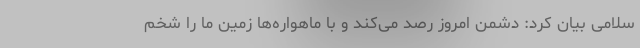
سلامی بیان کرد: دشمن امروز رصد می‌کند و با ماهواره‌ها زمین ما را شخم